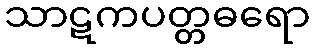
သာဋကပတ္တဓရော